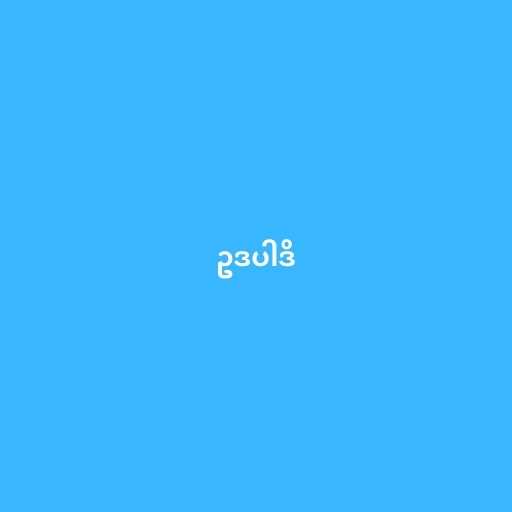
ဥဒပါဒိ